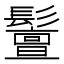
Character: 𩯤